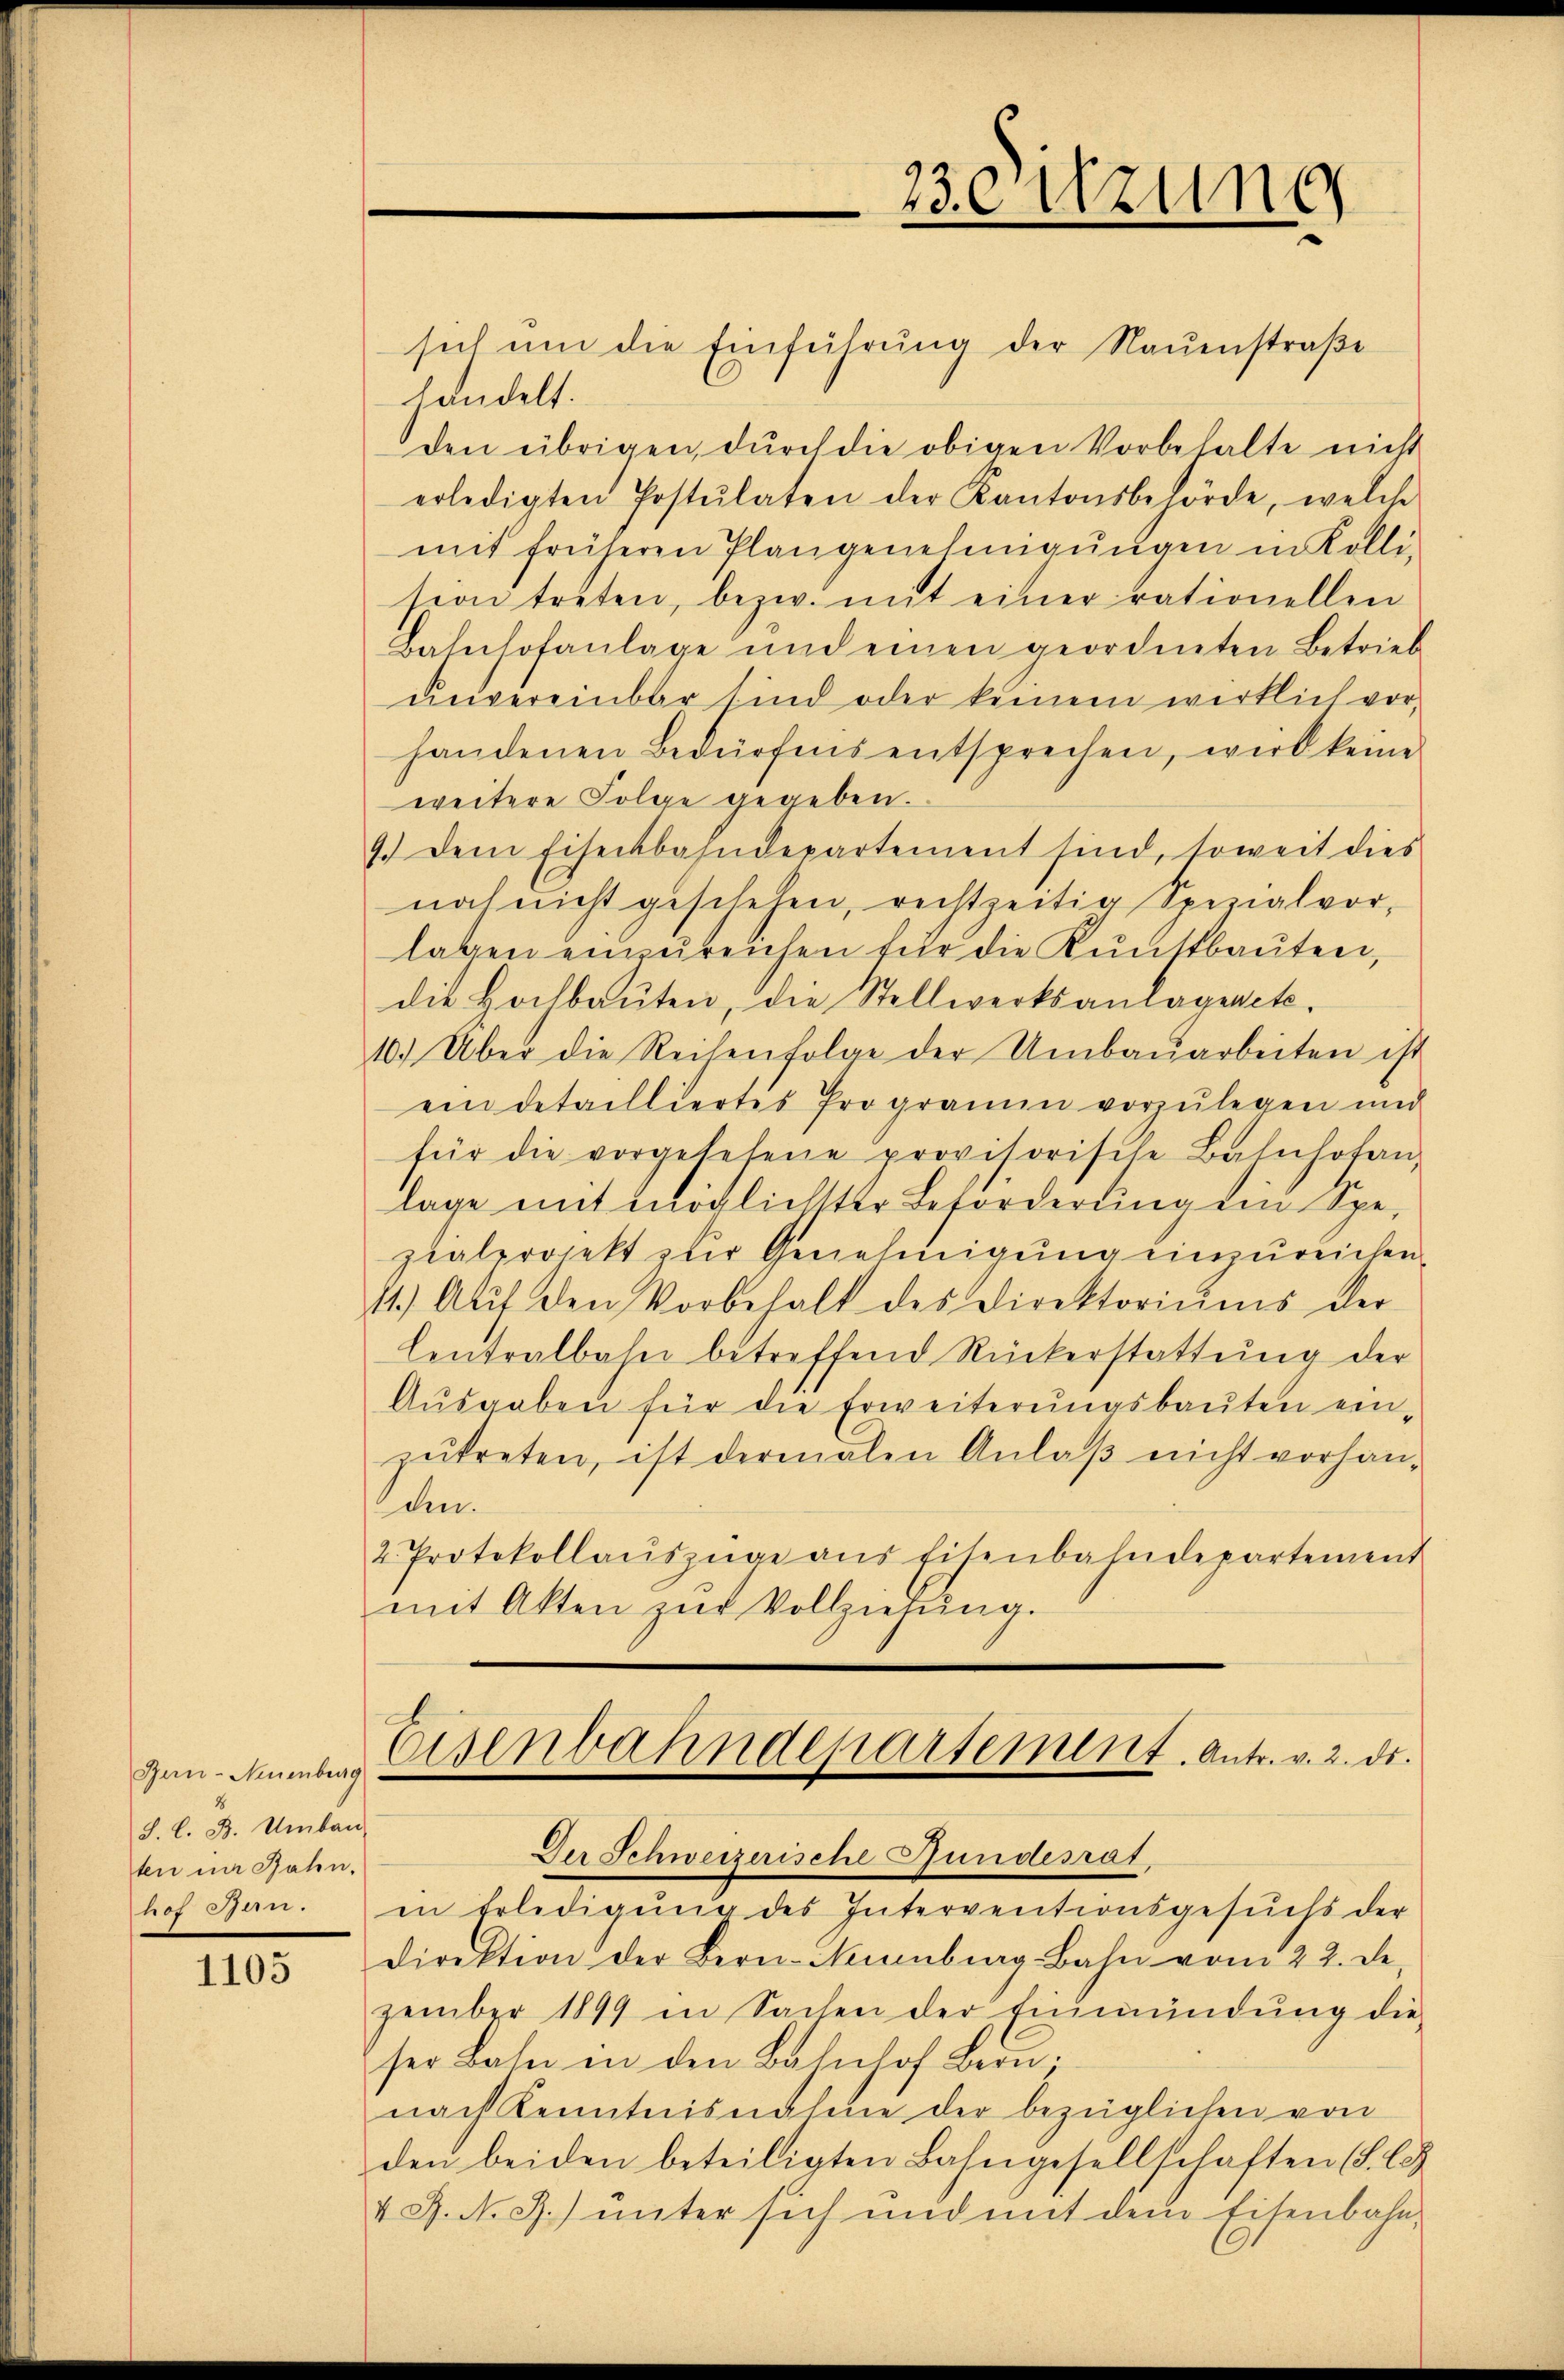
Bern-Neuenburg
S. l. B. Umbau
ten im Jahn,
hof Spure.

1105

sich um die Einführŭng der Raŭenstraβe
handelt.
den übrigen, durch die obigen Vorbehalte nicht
erledigten Postulaten der Kantonsbehörde, welche
mit früheren Plangenehmigŭngen in Kolli-
sion treten, bezw. mit einer rationellen
Bahnhofanlage und einen geordneten Betrieb
unvereinbar sind oder keinem wirklich vor-
handenen Bedürfens entsprechen, werd keine
weitere Folge gegeben.
9.) Dem Eisenbahndepartement sind, soweit dies
noch nicht geschehen, rechtzeitig Spezialvor-
lagen einzureichen für die Kunstbauten,
die Hochbaŭten, die Stellwerksanlagenete.
10.) Über die Reihenfolge der Umbaŭarbeiten ist
ein detailliertes Programm vorzŭlegen und
für die vorgelesene provisorische Bahnhofen,
lage mit möglichster Beförderung ein Spe-
zialprojekt zur Genehmigung einzureichen.
11.) Auf den Vorbehalt des Direktoriŭms der
Centralbahn betreffend Rückerstattŭng der
Ausgaben für die Erweiterungsbauten einzutreten, ist dermalen Anlaß nicht vorhanan
2. Protokollauszüge aus Eisenbahndepartement
mit Akten zŭr Vollziehŭng.

23 eitzung

Eisenbahndepartement. Antr. v. 2. ds.
Der Schweizerische Gundesrat,

in Erledigung des Interventionsgesuchs der
Direktion der Bern-Mumburg Bahn vom 22. de
zember 1899 in Sachen der Einmündŭng die
ser Bahn in den Bahnhof Bern.
nach Kenntnisnahme der bezüglichen von
den beiden beteiligten Bahngesellschaften (S. C
V J. N. Z. unter sich und mit dem Eisenbahn-